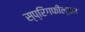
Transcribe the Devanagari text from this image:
स्प्रिंगफील्डम